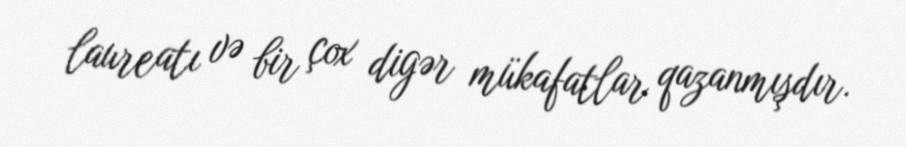
laureatı və bir çox digər mükafatlar qazanmışdır.